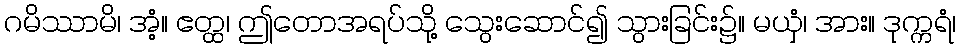
ဂမိဿာမိ၊ အံ့။ ဧတ္ထ၊ ဤတောအရပ်သို့ သွေးဆောင်၍ သွားခြင်း၌။ မယှံ၊ အား။ ဒုက္ကရံ၊